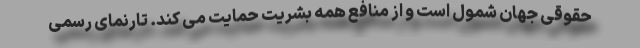
حقوقی جهان شمول است و از منافع همه بشریت حمایت می کند. تارنمای رسمی